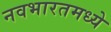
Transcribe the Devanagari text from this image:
नवभारतमध्ये